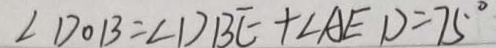
\angle D O B = \angle D B E + \angle A E D = 7 5 ^ { \circ }